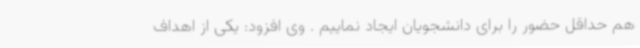
هم حداقل حضور را برای دانشجویان ایجاد نماییم . وی افزود: یکی از اهداف